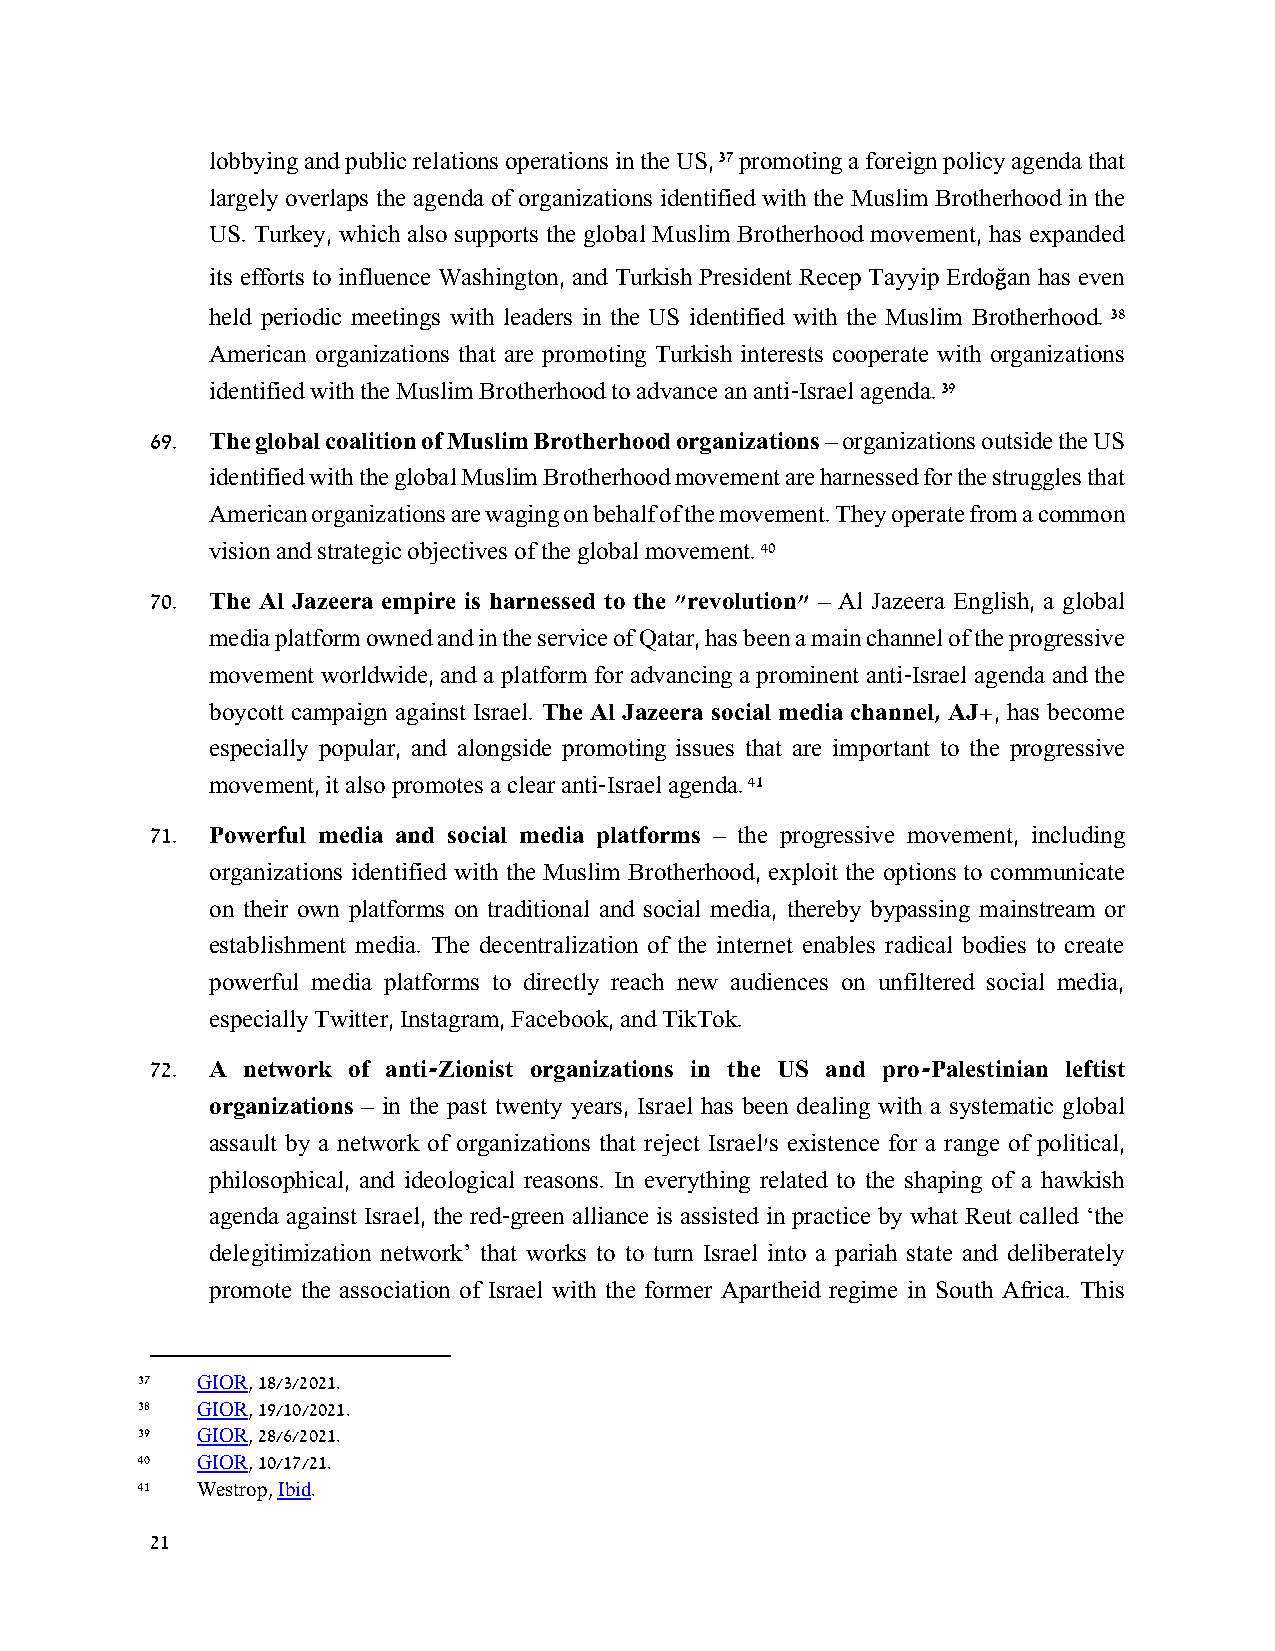
lobbying and public relations operations in the US, 37 promoting a foreign policy agenda that
 largely overlaps the agenda of organizations identified with the Muslim Brotherhood in the
 US. Turkey, which also supports the global Muslim Brotherhood movement, has expanded
 its efforts to influence Washington, and Turkish President Recep Tayyip Erdoğan has even
 held periodic meetings with leaders in the US identified with the Muslim Brotherhood. 38
 American organizations that are promoting Turkish interests cooperate with organizations
 identified with the Muslim Brotherhood to advance an anti-Israel agenda. 39
 69. The global coalition of Muslim Brotherhood organizations – organizations outside the US
 identified with the global Muslim Brotherhood movement are harnessed for the struggles that
 American organizations are waging on behalf of the movement. They operate from a common
 vision and strategic objectives of the global movement. 40
 70. The Al Jazeera empire is harnessed to the "revolution" – Al Jazeera English, a global
 media platform owned and in the service of Qatar, has been a main channel of the progressive
 movement worldwide, and a platform for advancing a prominent anti-Israel agenda and the
 boycott campaign against Israel. The Al Jazeera social media channel, AJ+, has become
 especially popular, and alongside promoting issues that are important to the progressive
 movement, it also promotes a clear anti-Israel agenda. 41
 71. Powerful media and social media platforms – the progressive movement, including
 organizations identified with the Muslim Brotherhood, exploit the options to communicate
 on their own platforms on traditional and social media, thereby bypassing mainstream or
 establishment media. The decentralization of the internet enables radical bodies to create
 powerful media platforms to directly reach new audiences on unfiltered social media,
 especially Twitter, Instagram, Facebook, and TikTok.
 72. A network of anti-Zionist organizations in the US and pro-Palestinian leftist
 organizations – in the past twenty years, Israel has been dealing with a systematic global
 assault by a network of organizations that reject Israel's existence for a range of political,
 philosophical, and ideological reasons. In everything related to the shaping of a hawkish
 agenda against Israel, the red-green alliance is assisted in practice by what Reut called ‘the
 delegitimization network’ that works to to turn Israel into a pariah state and deliberately
 promote the association of Israel with the former Apartheid regime in South Africa. This
 37  GIOR, 18/3/2021.
 38  GIOR, 19/10/2021.
 39  GIOR, 28/6/2021.
 40  GIOR, 10/17/21.
 41  Westrop, Ibid.
 21